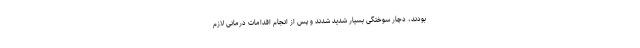
بودند، دچار سوختگی بسیار شدید شدند و پس از انجام اقدامات درمانی لازم